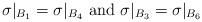
LaTeX: \begin{align*}\sigma|_{B_1} = \sigma|_{B_4} \mbox{ and } \sigma|_{B_3} = \sigma|_{B_6}\end{align*}